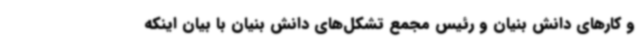
و کارهای دانش بنیان و رئیس مجمع تشکل‌های دانش بنیان با بیان اینکه